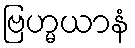
ဗြဟ္မယာနံ